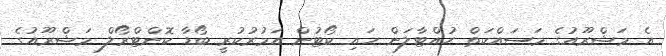
އެ މަޝްރޫއުގެ މަސައްކަތް ހުއްޓާލަން ހައި ކޯޓުން އަމުރުކުރީ ބޯޑާ ކޮންޓްރޯލް މަޝްރޫއުގެ